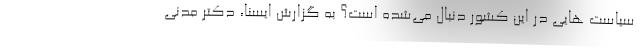
سیاست هایی در این کشور دنبال می‌شده است؟ به گزارش ایسنا، دکتر مدنی